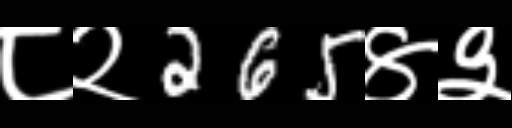
Text: ८२265४३